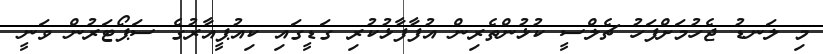
މި ލަނޑު ޖެހުމަށްފަހު ޗެލްސީ ކުޅުންތެރިން އުފާފާޅުކުރި ގަޑީގައި ކިއުޕީއާރުގެ ސަޕޯޓަރުން ވަނީ